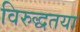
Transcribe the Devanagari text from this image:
विरुद्धतया